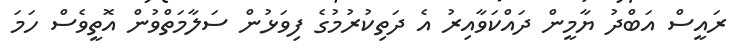
ރައީސް އަބްދު ޔާމީން ދައްކަވާއިރު އެ ދަތިކުރުމުގެ ފިވަޅުން ސަލާމަތްވުން އޮތީީވެސް ހަމަ